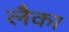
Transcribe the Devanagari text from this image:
लैका